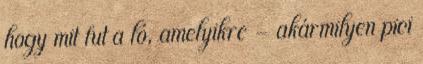
hogy mit fut a ló, amelyikre – akármilyen pici